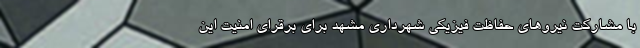
با مشارکت نیروهای حفاظت فیزیکی شهرداری مشهد برای برقرای امنیت این